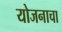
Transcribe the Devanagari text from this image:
योजनाचा